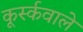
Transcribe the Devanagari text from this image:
कूर्स्कवाले